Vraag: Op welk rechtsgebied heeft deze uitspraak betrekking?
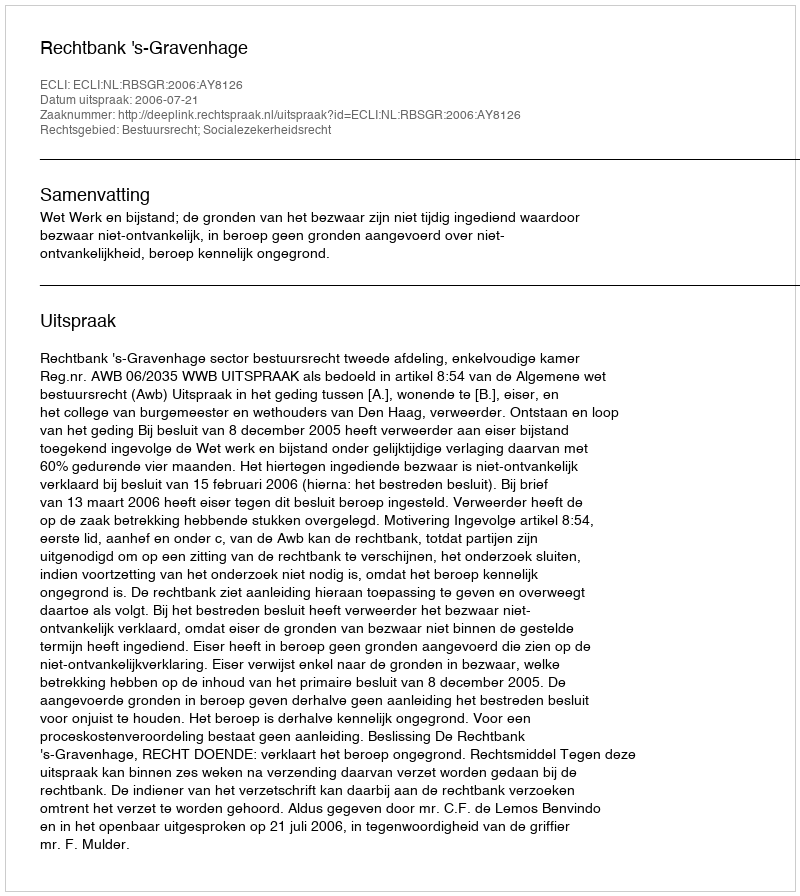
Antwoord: Bestuursrecht; Socialezekerheidsrecht